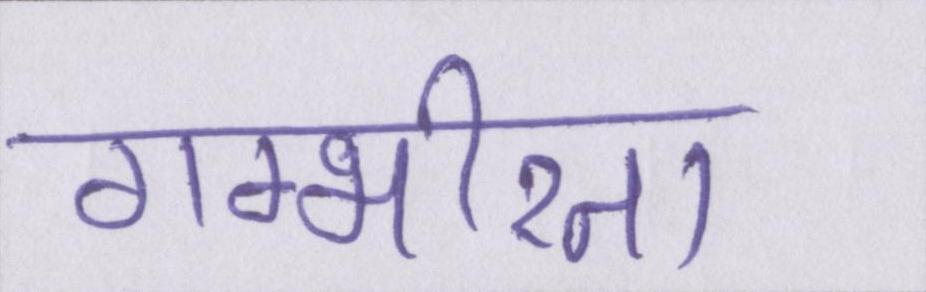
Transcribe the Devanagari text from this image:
गम्भीरता